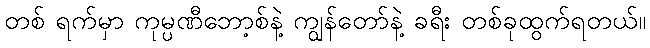
တစ် ရက်မှာ ကုမ္ပဏီဘော့စ်နဲ့ ကျွန်တော်နဲ့ ခရီး တစ်ခုထွက်ရတယ်။